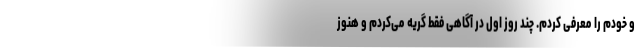
و خودم را معرفی کردم. چند روز اول در آگاهی فقط گریه می‌کردم و هنوز